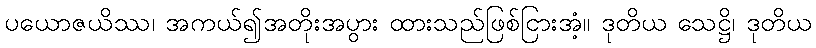
ပယောဇယိဿ၊ အကယ်၍အတိုးအပွား ထားသည်ဖြစ်ငြားအံ့။ ဒုတိယ သေဋ္ဌိ၊ ဒုတိယ